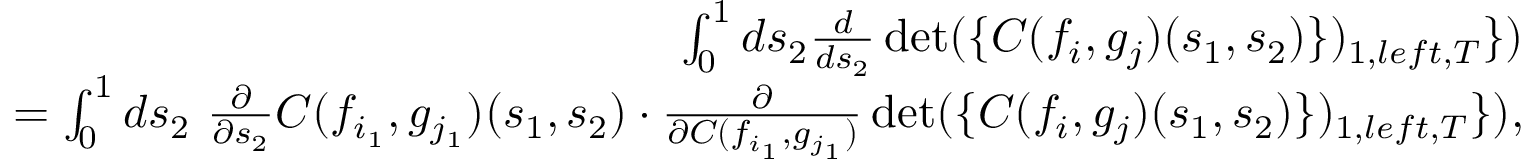
\begin{array} { r l r } & { } & { \int _ { 0 } ^ { 1 } d s _ { 2 } \frac { d } { d s _ { 2 } } \operatorname* { d e t } ( \{ C ( f _ { i } , g _ { j } ) ( s _ { 1 } , s _ { 2 } ) \} ) _ { 1 , l e f t , { \cal T } } \} ) } \\ & { } & { \quad = \int _ { 0 } ^ { 1 } d s _ { 2 } \ \frac { \partial } { \partial s _ { 2 } } C ( f _ { i _ { 1 } } , g _ { j _ { 1 } } ) ( s _ { 1 } , s _ { 2 } ) \cdot \frac { \partial } { \partial C ( f _ { i _ { 1 } } , g _ { j _ { 1 } } ) } \operatorname* { d e t } ( \{ C ( f _ { i } , g _ { j } ) ( s _ { 1 } , s _ { 2 } ) \} ) _ { 1 , l e f t , { \cal T } } \} ) , } \end{array}